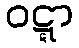
ဝဋ္ဋာ